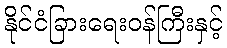
နိုင်ငံခြားရေးဝန်ကြီးနှင့်